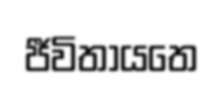
ජීවිතායතෙ